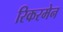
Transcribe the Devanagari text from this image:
रिकरमेन